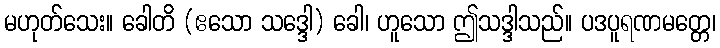
မဟုတ်သေး။ ခေါတိ (ဧသော သဒ္ဒေါ) ခေါ၊ ဟူသော ဤသဒ္ဒါသည်။ ပဒပူရဏမတ္တေ၊